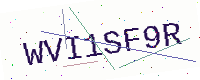
Text: WVI1SF9R